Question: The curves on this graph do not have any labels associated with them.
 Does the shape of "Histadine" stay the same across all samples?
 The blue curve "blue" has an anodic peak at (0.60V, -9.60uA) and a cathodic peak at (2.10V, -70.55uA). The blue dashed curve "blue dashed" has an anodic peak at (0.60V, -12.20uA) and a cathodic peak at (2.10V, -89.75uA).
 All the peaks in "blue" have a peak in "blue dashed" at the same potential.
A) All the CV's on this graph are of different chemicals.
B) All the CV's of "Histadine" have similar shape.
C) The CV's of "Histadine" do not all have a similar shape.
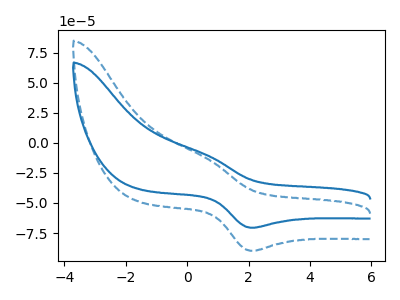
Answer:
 <answer>B) All the CV's of "Histadine" have similar shape.</answer>
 <eval>B</eval>